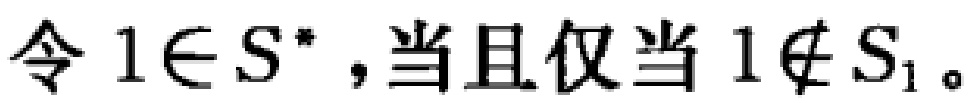
令 \(1\in S^{*}\)，当且仅当 \(1\notin S_{1}\)。